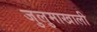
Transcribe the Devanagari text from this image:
जुलुमाखाली